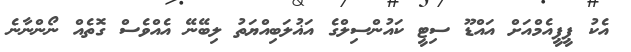
އެކު ޕީޕީއެމްއަށް އައްޑޫ ސިޓީ ކައުންސިލްގެ އަޣުލަބިއްޔަތު ލިބޭނޭ އެއްވެސް ގޮތެއް ނޯންނާނެ